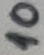
Text: 10